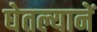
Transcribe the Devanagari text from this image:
घेतल्यानें